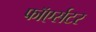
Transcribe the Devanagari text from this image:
फाॅएर्सटर